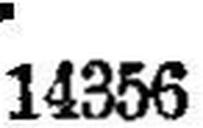
14356